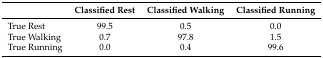
|  | Classified Rest | Classified Walking | Classified Running |
 | --- | --- | --- | --- |
 | True Rest | 99.5 | 0.5 | 0.0 |
 | True Walking | 0.7 | 97.8 | 1.5 |
 | True Running | 0.0 | 0.4 | 99.6 |